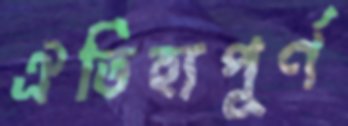
ঐতিহ্যপূর্ণ